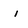
Character: l